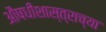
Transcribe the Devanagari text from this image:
औषधीशास्त्राच्या